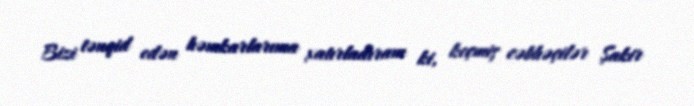
Bizi tənqid edən həmkarlarıma xatırladıram ki, keçmiş cəbhəçilər Şakir